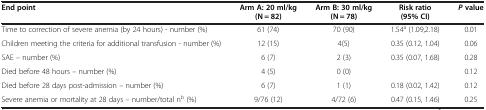
<table><thead><tr><td><b>End point</b></td><td><b>Arm A: 20 ml/kg (N = 82)</b></td><td><b>Arm B: 30 ml/kg (N = 78)</b></td><td><b>Risk ratio (95% CI)</b></td><td><b><i>P </i>value</b></td></tr></thead><tbody><tr><td>Time to correction of severe anemia (by 24 hours) - number (%)</td><td>61 (74)</td><td>70 (90)</td><td>1.54<sup>a</sup> (1.09,2.18)</td><td>0.01</td></tr><tr><td>Children meeting the criteria for additional transfusion - number (%)</td><td>12 (15)</td><td>4(5)</td><td>0.35 (0.12, 1.04)</td><td>0.06</td></tr><tr><td>SAE – number (%)</td><td>6 (7)</td><td>2 (3)</td><td>0.35 (0.07, 1.68)</td><td>0.28</td></tr><tr><td>Died before 48 hours – number (%)</td><td>4 (5)</td><td>0 (0)</td><td>[EMPTY_CELL]</td><td>0.12</td></tr><tr><td>Died before 28 days post-admission – number (%)</td><td>6 (7)</td><td>1 (1)</td><td>0.18 (0.02, 1.42)</td><td>0.12</td></tr><tr><td>Severe anemia or mortality at 28 days – number/total n<sup>b</sup> (%)</td><td>9/76 (12)</td><td>4/72 (6)</td><td>0.47 (0.15, 1.46)</td><td>0.25</td></tr></tbody></table>